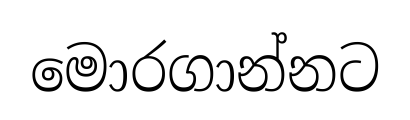
මොරගාන්නට